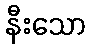
နီးသော